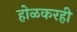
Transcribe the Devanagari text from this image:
होळकरही